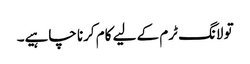
تو لانگ ٹرم کے لیے کام کرنا چاہیے۔